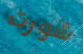
شورت